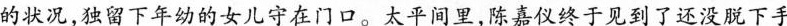
的状况，独留下年幼的女儿守在门口。太平同里，陈嘉仪终于见到了没脱下手